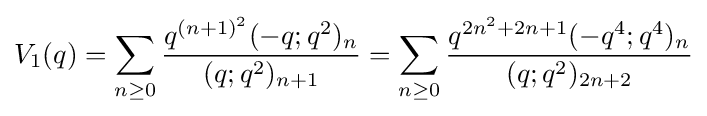
V_{1}(q)=\sum _{n\geq 0}{\frac {q^{(n+1)^{2}}(-q;q^{2})_{n}}{(q;q^{2})_{n+1}}}=\sum _{n\geq 0}{\frac {q^{2n^{2}+2n+1}(-q^{4};q^{4})_{n}}{(q;q^{2})_{2n+2}}}